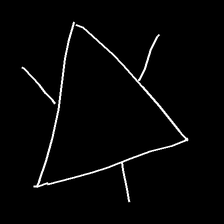
Glyph: fire